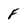
Character: F